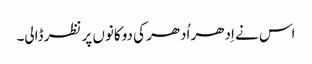
اس نے اِدھر اُدھر کی دوکانوں پر نظر ڈالی۔